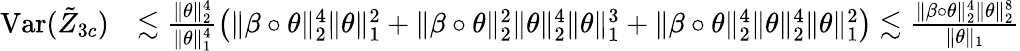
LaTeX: \begin{array}{rl}{\mathrm{Var}(\tilde{Z}_{3c})}&{\lesssim\frac{\| \theta\| _{2}^{4}}{\| \theta\| _{1}^{4}}\big(\| \beta\circ\theta\| _{2}^{4}\| \theta\| _{1}^{2}+\| \beta\circ\theta\| _{2}^{2}\| \theta\| _{2}^{4}\| \theta\| _{1}^{3}+\| \beta\circ\theta\| _{2}^{4}\| \theta\| _{2}^{4}\| \theta\| _{1}^{2}\big)\lesssim\frac{\| \beta\circ\theta\| _{2}^{4}\| \theta\| _{2}^{8}}{\| \theta\| _{1}}}\end{array}